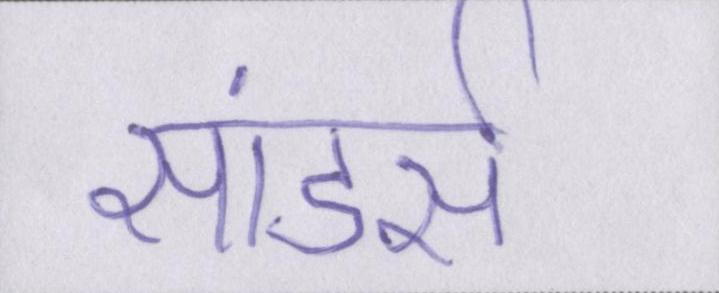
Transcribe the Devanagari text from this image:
सांडर्स